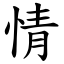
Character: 情